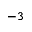
^ { - 3 }